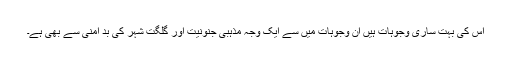
اس کی بہت ساری وجوہات ہیں ان وجوہات میں سے ایک وجہ مذہبی جنونیت اور گلگت شہر کی بد امنی سے بھی ہے۔